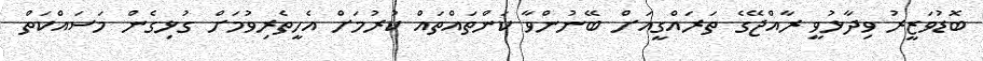
ބޮޑުވަޒީރު ވިދާޅުވީ ރާއްޖޭގެ ތަރައްގީއަށް ބޭނުންވާ ކަންތައްތައް ކުރުމަށް އެހީތެރިވުމަށް ގުޅިގެން މަސައްކަތް